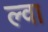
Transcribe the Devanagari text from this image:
ल्वा